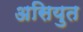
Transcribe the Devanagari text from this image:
असियुत